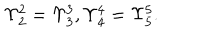
LaTeX: \Upsilon _ { 2 } ^ { 2 } = \Upsilon _ { 3 } ^ { 3 } , \Upsilon _ { 4 } ^ { 4 } = \Upsilon _ { 5 } ^ { 5 } .